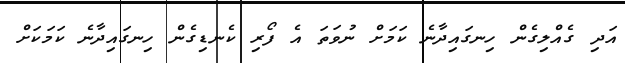
އަދި ގެއްލިގެން ހިނގައިދާނެ ކަމަށް ނުވަތަ އެ ފޯރި ކެނޑިގެން ހިނގައިދާނެ ކަމަކަށް